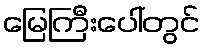
မြေကြီးပေါ်တွင်